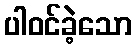
ပါဝင်ခဲ့သော